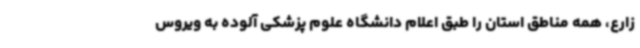
زارع، همه مناطق استان را طبق اعلام دانشگاه علوم پزشکی آلوده به ویروس